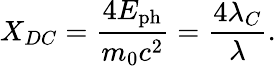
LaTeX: X_{DC}=\frac{4E_{\mathrm{ph}}}{m_{0}c^{2}}=\frac{4\lambda_{C}}{\lambda}.